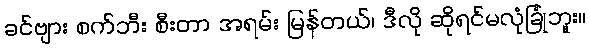
ခင်ဗျား စက်ဘီး စီးတာ အရမ်း မြန်တယ်၊ ဒီလို ဆိုရင်မလုံခြုံဘူး။